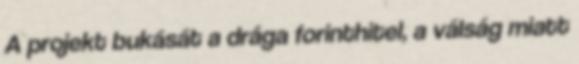
A projekt bukását a drága forinthitel, a válság miatt